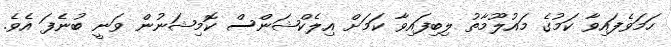
ހަމަވެފައިވާ ކަމުގެ މައުލޫމާތު ލިބިފައިވާ ކަމަށް އިލެކްޝަންސް ކޮމިޝަނުން ވަނީ ބުނެފަ އެވެ.